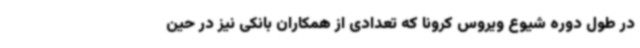
در طول دوره شیوع ویروس کرونا که تعدادی از همکاران بانکی نیز در حین